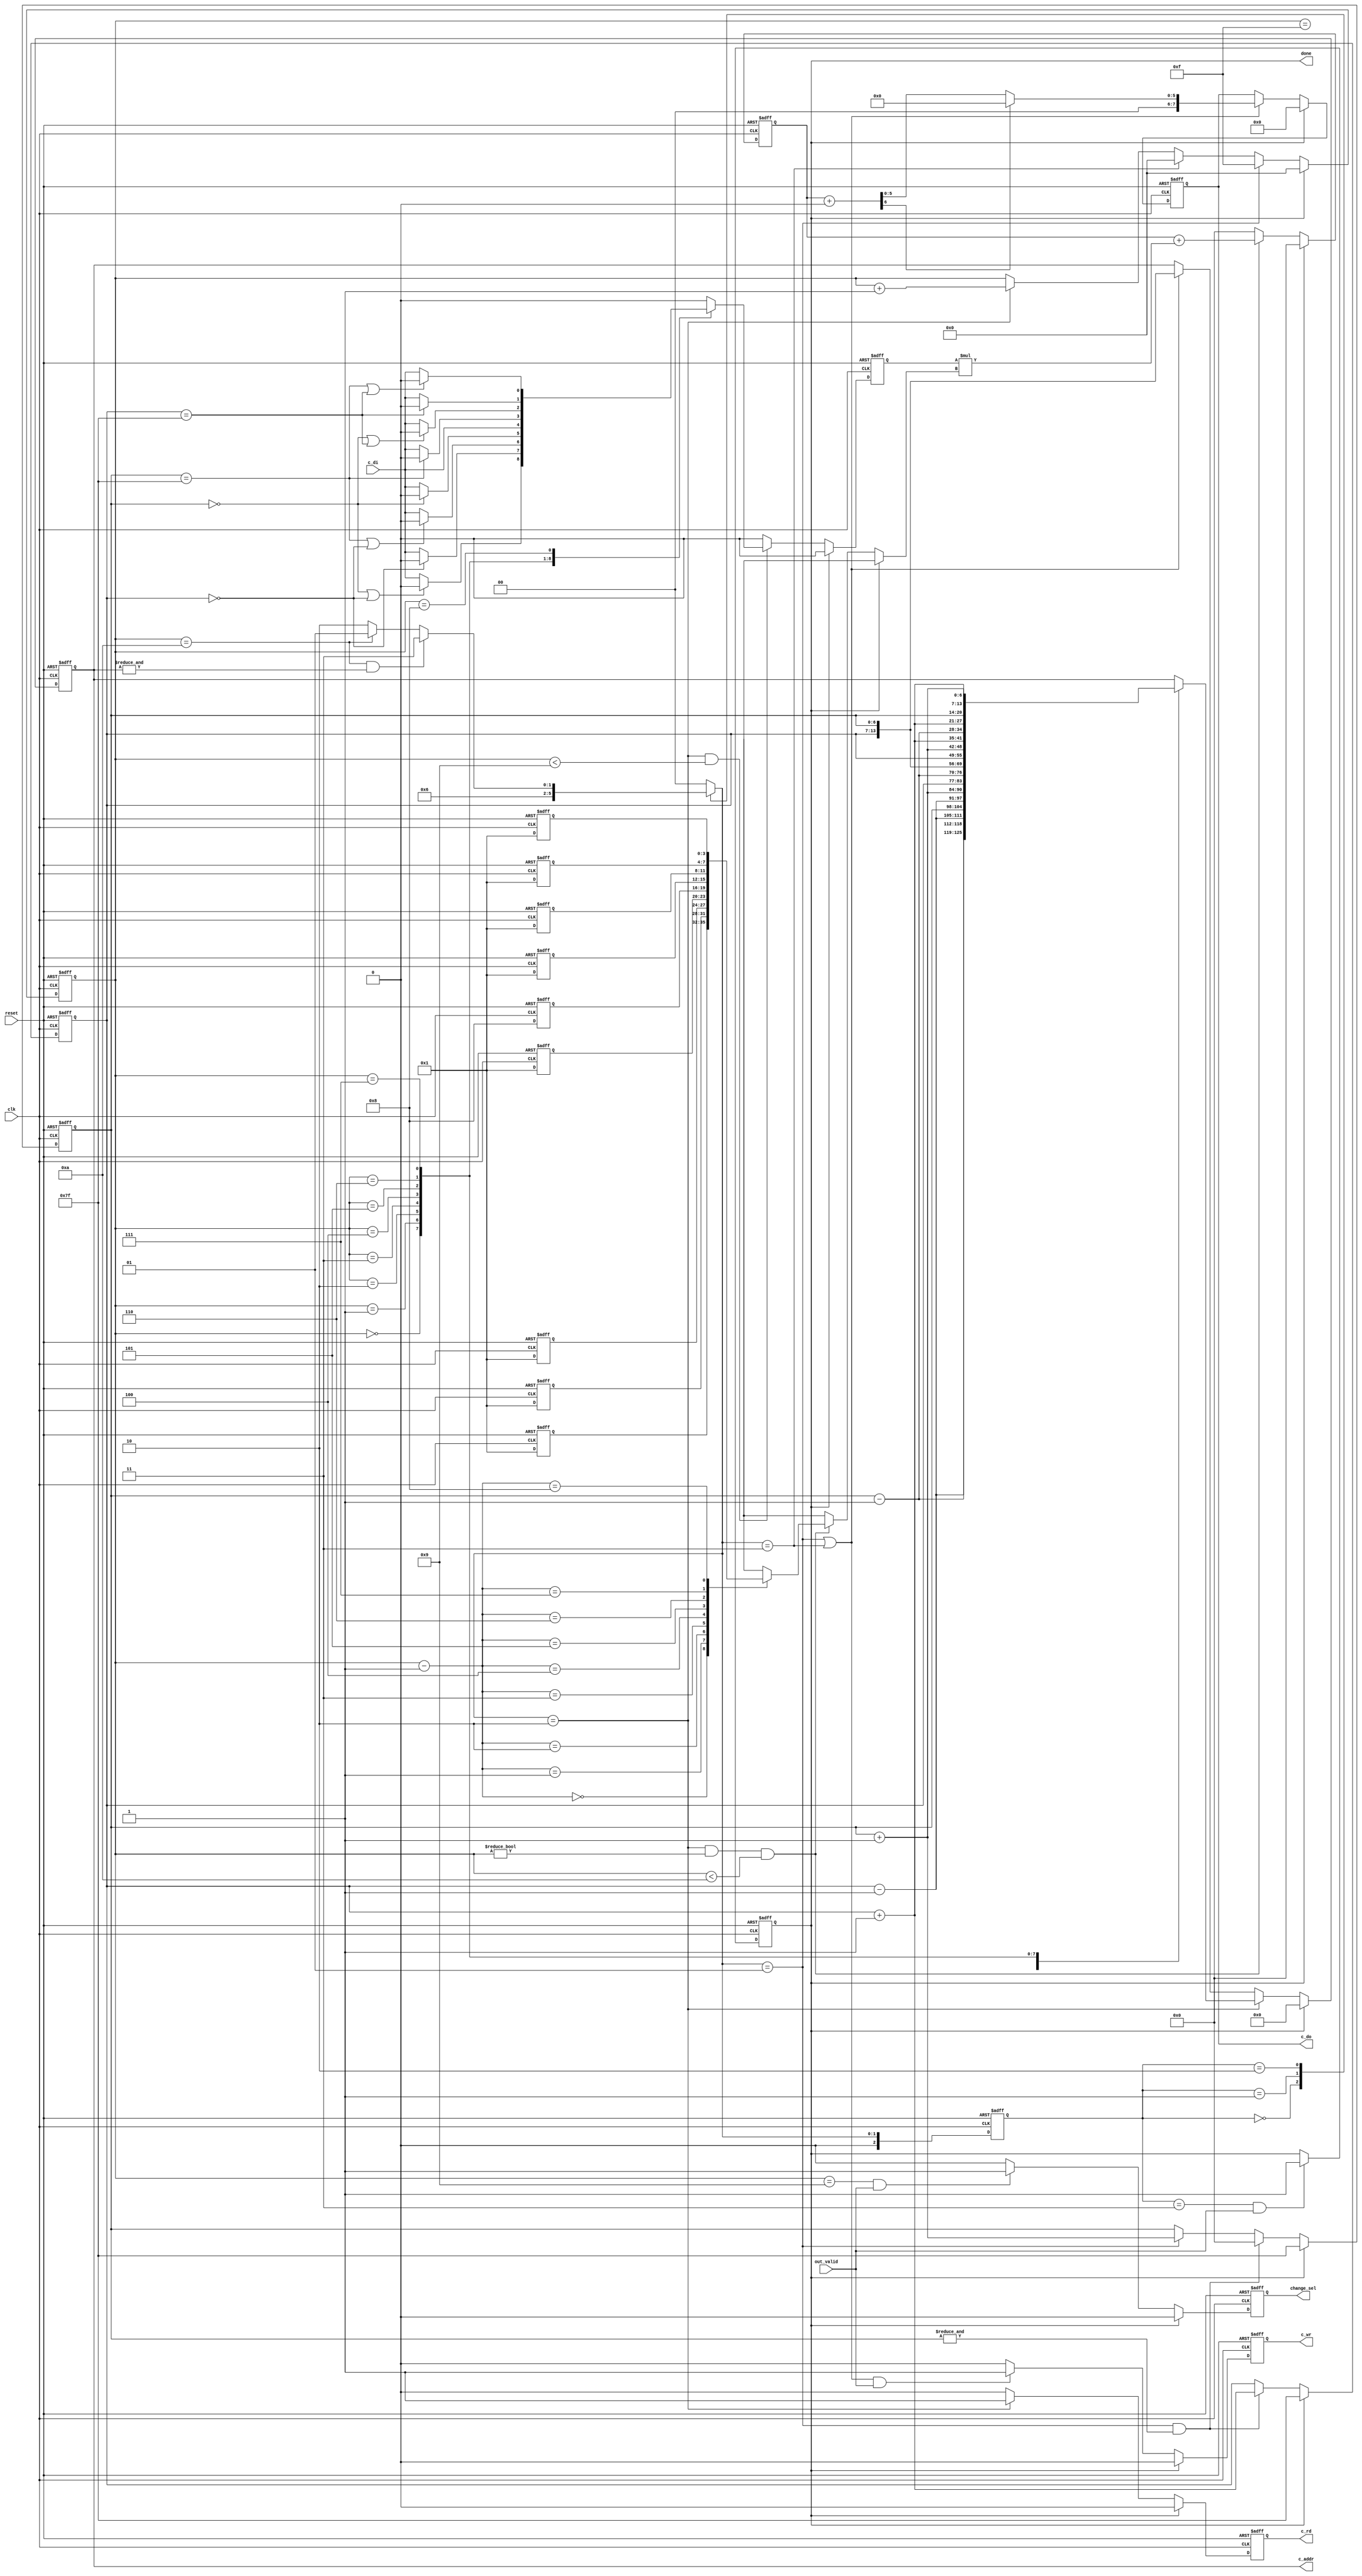
module  convolution(
  input		clk,
  input		reset,	  
  input out_valid,
  input	 c_di,//*	
  output	reg [7:0] 	c_do,//*
  output	reg  c_wr,//*
  output	reg c_rd,//*
  output reg	[13:0] c_addr,
  output reg change_sel,
  output reg	done
);
  
reg [6:0] window_x,window_y;
reg signed  op1;// 1bit

reg [3:0] conv_cnt;
reg signed [3:0] kernel1 [0:8];

reg signed [6:0] conv_out1;
wire signed [6:0] conv_out2;

always@(posedge reset or posedge clk) begin
	if(reset)begin
    	kernel1[0] = 4'b0001;
    	kernel1[1] = 4'b0001;
    	kernel1[2] = 4'b0001;
    	kernel1[3] = 4'b0001;
    	kernel1[4] = 4'b1000;//-8
    	kernel1[5] = 4'b0001;
    	kernel1[6] = 4'b0001;
    	kernel1[7] = 4'b0001;
    	kernel1[8] = 4'b0001;
	end
	else begin
		kernel1[0] = 4'b0001;
		kernel1[1] = 4'b0001;
		kernel1[2] = 4'b0001;
		kernel1[3] = 4'b0001;
		kernel1[4] = 4'b1000;//-8
		kernel1[5] = 4'b0001;
		kernel1[6] = 4'b0001;
		kernel1[7] = 4'b0001;
		kernel1[8] = 4'b0001;
	end

end

//finit state machine
reg [2:0] ns,cs;// ns:nextstate  cs:currentstate
parameter INIT =2'b00;//initial
parameter MOVE=2'b01;
parameter CONV=2'b10;
parameter FINISH=2'b11;

//set currentstate
always@(posedge clk or posedge reset)
begin
    if(reset)
        cs <= INIT ;
    else
        cs <= ns ;
end
//set nextstate from currentstate
always@(*)begin
    case(cs)
        INIT:
            ns=MOVE;             
        MOVE:
			ns =CONV;
		CONV:
			if(conv_cnt == 4'd10 && (&c_addr))//run to final
				ns=FINISH;
			else if(conv_cnt == 4'd10)
				ns=MOVE;
			else
				ns=CONV;
    	FINISH:
			ns=INIT;
    	default:
            ns=INIT;
    endcase
end
//?wire clr = reset || done;
//window x,y
always@(posedge reset or posedge clk) begin
  if (reset)begin
	window_x <= 7'd127;//TODO:64*64 bits
	window_y <= 7'd127;//TODO:64*64 bits
  end
  else if (done)begin
	window_x <= 7'd127;//TODO:64*64 bits
	window_y <= 7'd127;//TODO:64*64 bits
  end
  else if(ns == MOVE && (&window_x))begin
	window_x <= 7'd0;
	window_y <= window_y + 7'd1;
  end
  else if(ns == MOVE)begin
	window_x <= window_x + 7'd1;
	window_y <= window_y;
  end
  else begin
	window_x <= window_x;
	window_y <= window_y;
  end
end
//conv_cnt
always@(posedge reset or posedge clk) begin
  	if (reset)
		conv_cnt <= 0;
	else if (done)
		conv_cnt <= 0;
  	else if(ns == MOVE)
		conv_cnt <= 4'd15;
	else if(ns == FINISH)
		conv_cnt <= 4'd0;
  	else if(ns == CONV)
		conv_cnt <= conv_cnt + 4'd1;
end
//c_wr
always@(posedge reset or posedge clk) begin
  	if (reset)
    	c_wr <= 1'b0;
 	else if (done)
   	 	c_wr <= 1'b0;
  	else if((ns == MOVE || ns == FINISH) && out_valid)begin
    	c_wr <= 1'b1;
  	end
  	else begin
    	c_wr <= 1'b0;
  	end
end

//op1 : operator1
always@(posedge reset or posedge clk)begin
	if (reset)
		op1 <= 0;
 	else if (done)
		op1 <= 0;
	else if(ns==CONV && conv_cnt<4'd9)begin//?store 0~8
		case (conv_cnt)
			4'd0:begin
				if(window_x == 7'd0 || window_y == 7'd0)
					op1 <= 0;
				else
					op1 <= c_di;
			end 
			4'd1:begin
				if(window_y == 7'd0)
					op1 <= 0;
				else
					op1 <= c_di;
			end
			4'd2:begin
				if(window_x == 7'd127 || window_y == 7'd0)
					op1 <= 0;
				else
					op1 <= c_di;
			end
			4'd3:begin
				if(window_x == 7'd0)
					op1 <= 0;
				else
					op1 <= c_di;
			end
			4'd4:begin
				op1 <= c_di;
			end
			4'd5:begin
				if(window_x == 7'd127)
					op1 <= 0;
				else
					op1 <= c_di;
			end
			4'd6:begin
				if(window_x == 7'd0 || window_y == 7'd127)
					op1 <= 0;
				else
					op1 <= c_di;
			end
			4'd7:begin
				if(window_y == 7'd127)
					op1 <= 0;
				else
					op1 <= c_di;
			end
			4'd8:begin
				if(window_x == 7'd127 || window_y == 7'd127)
					op1 <= 0;
				else
					op1 <= c_di;
			end
			default: 
				op1 <= 0;
		endcase
  end
	else
		op1 <= 0;
end
//output
always@(posedge reset or posedge clk)begin
	if (reset)
		conv_out1 <= 0;
 	else if (done)
		conv_out1 <= 0;
	else if(ns==CONV && conv_cnt != 4'd0 && conv_cnt<4'd10)//?evaluate 1~9
		conv_out1 <= conv_out1 + op1*kernel1[conv_cnt-1];
	else
		conv_out1 <= 0;
end
assign  conv_out2 = conv_out1 + 8'd0;//FIXME:bias
//c_do
always@(posedge reset or posedge clk) begin
  	if (reset)
    	c_do <= 0;
 	else if (done)
    	c_do <= 0;
  	else if(ns == MOVE || ns == FINISH)begin
		if(conv_out2[6])//!if < 0
			c_do <= 8'd0 ;
		else
			c_do <= conv_out2 ;
	end
end
//c_addr
always@(posedge reset or posedge clk) begin
  	if (reset)
    	c_addr <= 0;
 	else if (done)
    	c_addr <= 0;
	else if(ns == CONV)begin
		case(conv_cnt)
			4'd15: c_addr <= {window_y-7'd1,window_x-7'd1};
			4'd0:  c_addr <= {window_y-7'd1,window_x};
			4'd1:  c_addr <= {window_y-7'd1,window_x+7'd1};
			4'd2:  c_addr <= {window_y,window_x-7'd1};
			4'd3:  c_addr <= {window_y,window_x};
			4'd4:  c_addr <= {window_y,window_x+7'd1};
			4'd5:  c_addr <= {window_y+7'd1,window_x-7'd1};
			4'd6:  c_addr <= {window_y+7'd1,window_x};
			4'd7:  c_addr <= {window_y+7'd1,window_x+7'd1};
			default: c_addr <= c_addr;
		endcase
	end
  else if (ns == MOVE || ns == FINISH)begin
    c_addr <= {window_y,window_x};
  end
end
//c_rd
always@(posedge reset or posedge clk) begin
	if (reset)
    	c_rd <= 0;
 	else if (done)    
		c_rd <= 0;
  	else if(ns == CONV)
   		c_rd <= 1;
  	else 
    	c_rd <= 0;
end
//done
always@(posedge clk or posedge reset)begin
	if(reset) 
		done <= 1'b0;
	else if(cs == FINISH && out_valid==1'b1) 
		done <= 1'b1;
end
//change_sel
always@(posedge clk or posedge reset)begin
	if (reset)
		change_sel <= 1'b0;
 	else if (done) 
		change_sel <= 1'b0;
	else if(conv_cnt==4'd9 && out_valid==1'b1) 
		change_sel <= 1'b1;
	else
		change_sel <= 1'b0;
end
endmodule